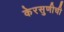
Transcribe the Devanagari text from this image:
केरसुणीची